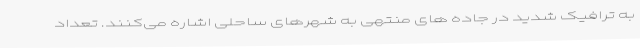
به ترافیک شدید در جاده های منتهی به شهرهای ساحلی اشاره می‌کنند. تعداد